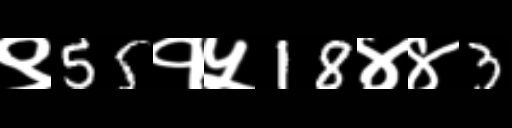
Text: ९55१५18४४3